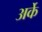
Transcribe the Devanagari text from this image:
अर्के